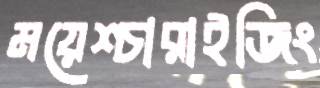
ময়েশ্চারাইজিং